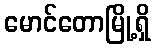
မောင်တောမြို့ရှိ